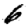
Digit: 6